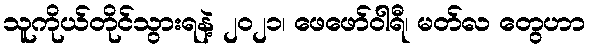
သူကိုယ်တိုင်သွားရနဲ့ ၂၀၂၁၊ ဖေဖော်ဝါရီ၊ မတ်လ တွေဟာ